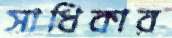
সাধিকার